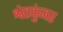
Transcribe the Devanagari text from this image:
श्वेतकुंजर